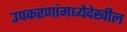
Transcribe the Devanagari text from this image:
उपकरणांमध्येदेखील